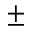
\pm